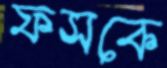
ফসকে